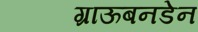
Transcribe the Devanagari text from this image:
ग्राऊबनडेन